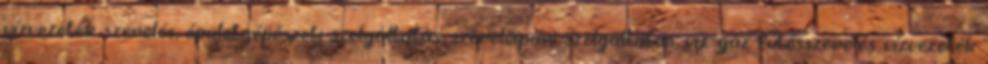
vízvezeték szerelés, épületgépészeti szolgáltatás, szerelőipari szolgáltatás, víz-gáz fűtésszerelés vízvezeték